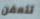
تتعفن